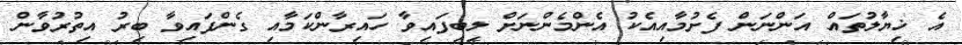
އެ ޚިޔާލުތައް އަންނަން ފެށުމާއިއެކު އެންމެންނަށް ލިބިފައިވާ ހައިރާންކަމާއި ގެންފައިވާ ބިރު އިތުރުވާން